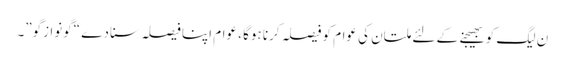
ن لیگ کو بھیجنے کے لئے ملتان کی عوام کو فیصلہ کرنا ہوگا ، عوام اپنا فیصلہ سنا دے “گونوازگو”۔